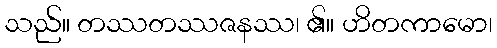
သည်။ တဿတဿဇနဿ၊ ၏။ ဟိတကာမော၊